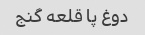
دوغ پا قلعه گنج